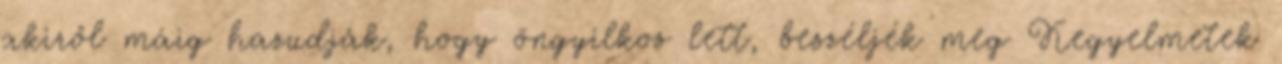
akiről máig hazudják, hogy öngyilkos lett, beszéljék meg Kegyelmetek